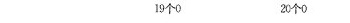
19个0 20个0